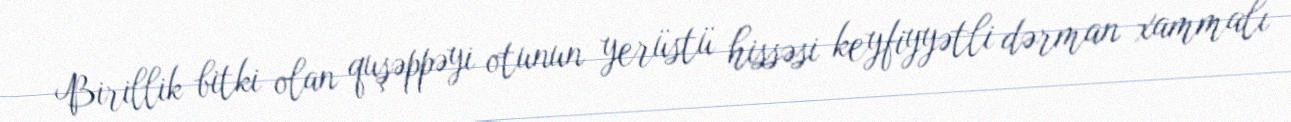
Birillik bitki olan quşəppəyi otunun yerüstü hissəsi keyfiyyətli dərman xammalı